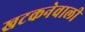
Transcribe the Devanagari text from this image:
खटकनेवाली